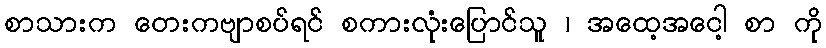
စာသားက တေးကဗျာစပ်ရင် စကားလုံးပြောင်သူ ၊ အထေ့အငေါ့ စာ ကို